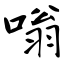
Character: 嗡